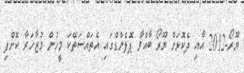
ޔޫރޯ-2012 އާއި ދެކޮޅަށް ޔޫރޯ ބާއްވާ ޕޮލެންޑްގައި އެތައްސަތޭކަ މީހުން މުޒާހަރާ ކޮށްފި